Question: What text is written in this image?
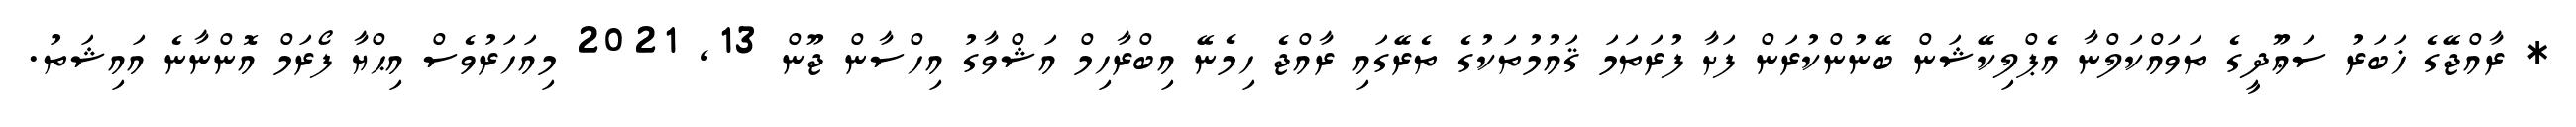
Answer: * ރާއްޖޭގެ ޚަބަރު ސަޢޫދީގެ ތަވައްކަލްނާ އެޕްލިކޭޝަން ބޭނުންކުރަން ފަށާ ފުރަތަމަ ޤައުމުތަކުގެ ތެރޭގައި ރާއްޖެ ހިމެނޭ އިބްރާހިމް އަޝްވާގު އިހްސާން ޖޫން 13, 2021 މިއަހަރުވެސް އިޙްޔާ ފޯރަމް އޮންނާނެ އައިޝަތު.